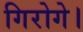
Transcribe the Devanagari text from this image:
गिरोगे।